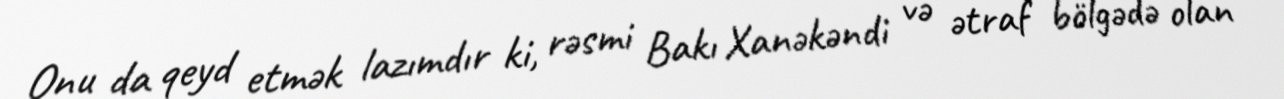
Onu da qeyd etmək lazımdır ki, rəsmi Bakı Xanəkəndi və ətraf bölgədə olan